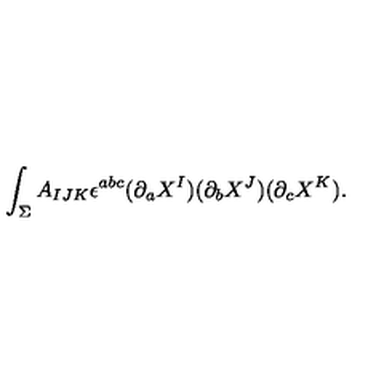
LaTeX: \int _ { \Sigma } A _ { I J K } \epsilon ^ { a b c } ( \partial _ { a } X ^ { I } ) ( \partial _ { b } X ^ { J } ) ( \partial _ { c } X ^ { K } ) .